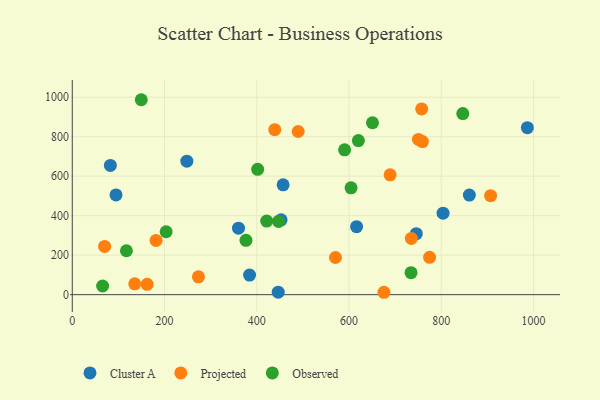
{"axis": {"x": "Distance", "y": "Sales"}, "legend": ["Cluster A", "Observed", "Projected"], "data": [{"x": "457.1", "y": 556.1, "type": "Cluster A"}, {"x": "248.4", "y": 675.9, "type": "Cluster A"}, {"x": "986.7", "y": 845.7, "type": "Cluster A"}, {"x": "803.9", "y": 412.6, "type": "Cluster A"}, {"x": "616.4", "y": 344.1, "type": "Cluster A"}, {"x": "94.8", "y": 505.2, "type": "Cluster A"}, {"x": "446.5", "y": 12.5, "type": "Cluster A"}, {"x": "360.4", "y": 336.5, "type": "Cluster A"}, {"x": "82.6", "y": 654.5, "type": "Cluster A"}, {"x": "452.7", "y": 378.9, "type": "Cluster A"}, {"x": "860.9", "y": 504.5, "type": "Cluster A"}, {"x": "384.4", "y": 99.4, "type": "Cluster A"}, {"x": "745.9", "y": 308.8, "type": "Cluster A"}, {"x": "759.2", "y": 775.5, "type": "Projected"}, {"x": "273.5", "y": 90.2, "type": "Projected"}, {"x": "774.7", "y": 189.2, "type": "Projected"}, {"x": "70.1", "y": 244.5, "type": "Projected"}, {"x": "181.7", "y": 274.8, "type": "Projected"}, {"x": "735.1", "y": 284.7, "type": "Projected"}, {"x": "675.7", "y": 12.1, "type": "Projected"}, {"x": "135.5", "y": 54.9, "type": "Projected"}, {"x": "162.3", "y": 52.3, "type": "Projected"}, {"x": "907.0", "y": 501.4, "type": "Projected"}, {"x": "489.8", "y": 826.4, "type": "Projected"}, {"x": "439.0", "y": 835.6, "type": "Projected"}, {"x": "750.6", "y": 786.4, "type": "Projected"}, {"x": "570.6", "y": 188.1, "type": "Projected"}, {"x": "689.1", "y": 606.8, "type": "Projected"}, {"x": "757.5", "y": 940.7, "type": "Projected"}, {"x": "650.9", "y": 870.6, "type": "Observed"}, {"x": "376.6", "y": 275.0, "type": "Observed"}, {"x": "590.4", "y": 733.7, "type": "Observed"}, {"x": "401.9", "y": 634.5, "type": "Observed"}, {"x": "117.4", "y": 222.3, "type": "Observed"}, {"x": "421.5", "y": 372.6, "type": "Observed"}, {"x": "620.3", "y": 780.4, "type": "Observed"}, {"x": "65.8", "y": 44.0, "type": "Observed"}, {"x": "149.6", "y": 987.2, "type": "Observed"}, {"x": "447.2", "y": 370.9, "type": "Observed"}, {"x": "203.5", "y": 318.7, "type": "Observed"}, {"x": "604.4", "y": 540.8, "type": "Observed"}, {"x": "846.7", "y": 917.2, "type": "Observed"}, {"x": "734.5", "y": 111.3, "type": "Observed"}]}